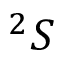
^ 2 S